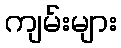
ကျမ်းများ